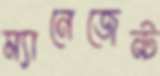
ম্যানেজেন্ট